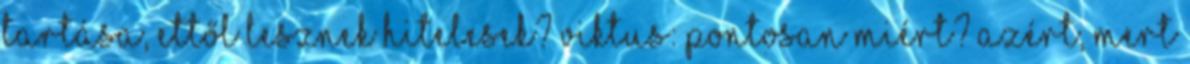
tartása, ettől lesznek hitelesek? Viktus: Pontosan miért? Azért, mert